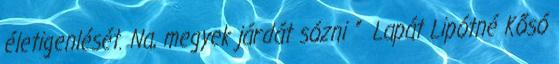
életigenlését. Na, megyek járdát sózni ” Lapát Lipótné Kősó